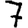
Digit: 7